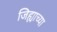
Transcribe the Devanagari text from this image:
जिह्याच्‍या